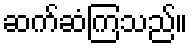
ဆက်ဆံကြသည်။